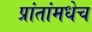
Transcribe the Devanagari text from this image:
प्रांतांमधेच